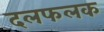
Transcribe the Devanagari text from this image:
दलफलक